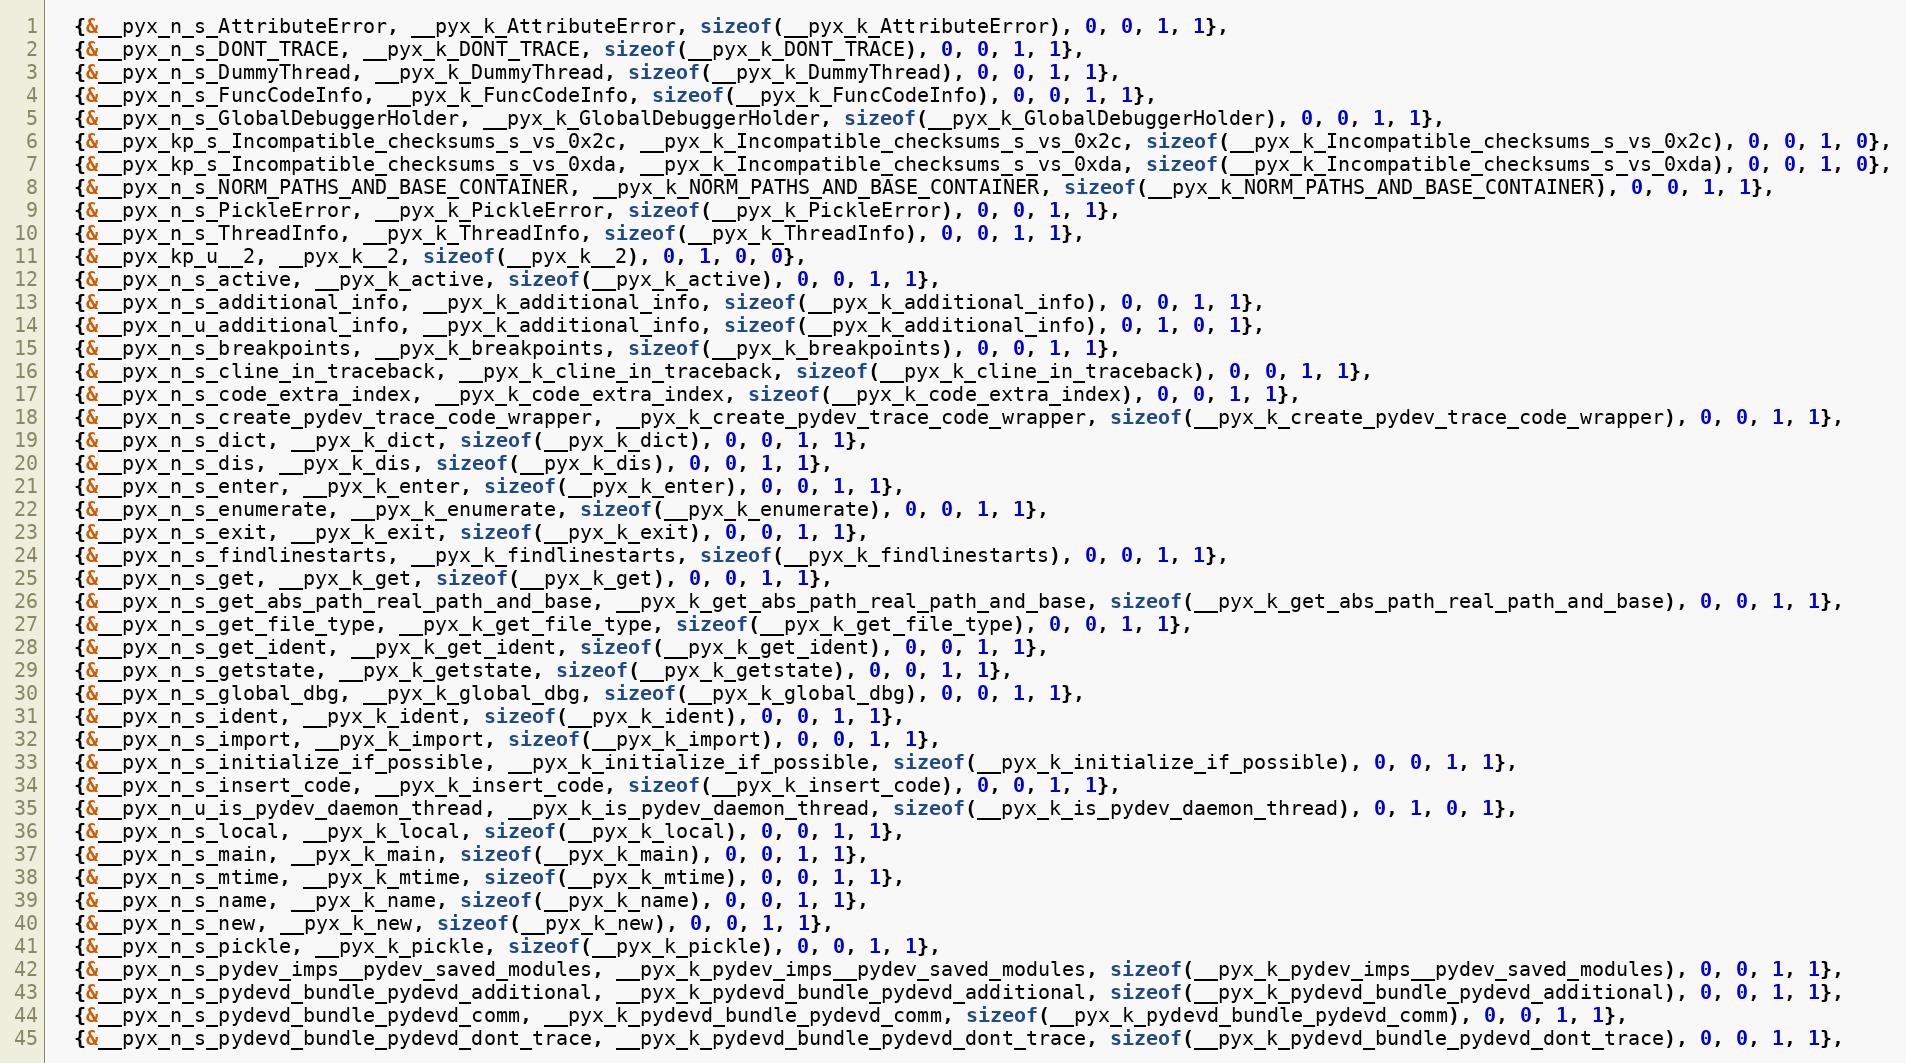
Language: C
  {&__pyx_n_s_AttributeError, __pyx_k_AttributeError, sizeof(__pyx_k_AttributeError), 0, 0, 1, 1},
  {&__pyx_n_s_DONT_TRACE, __pyx_k_DONT_TRACE, sizeof(__pyx_k_DONT_TRACE), 0, 0, 1, 1},
  {&__pyx_n_s_DummyThread, __pyx_k_DummyThread, sizeof(__pyx_k_DummyThread), 0, 0, 1, 1},
  {&__pyx_n_s_FuncCodeInfo, __pyx_k_FuncCodeInfo, sizeof(__pyx_k_FuncCodeInfo), 0, 0, 1, 1},
  {&__pyx_n_s_GlobalDebuggerHolder, __pyx_k_GlobalDebuggerHolder, sizeof(__pyx_k_GlobalDebuggerHolder), 0, 0, 1, 1},
  {&__pyx_kp_s_Incompatible_checksums_s_vs_0x2c, __pyx_k_Incompatible_checksums_s_vs_0x2c, sizeof(__pyx_k_Incompatible_checksums_s_vs_0x2c), 0, 0, 1, 0},
  {&__pyx_kp_s_Incompatible_checksums_s_vs_0xda, __pyx_k_Incompatible_checksums_s_vs_0xda, sizeof(__pyx_k_Incompatible_checksums_s_vs_0xda), 0, 0, 1, 0},
  {&__pyx_n_s_NORM_PATHS_AND_BASE_CONTAINER, __pyx_k_NORM_PATHS_AND_BASE_CONTAINER, sizeof(__pyx_k_NORM_PATHS_AND_BASE_CONTAINER), 0, 0, 1, 1},
  {&__pyx_n_s_PickleError, __pyx_k_PickleError, sizeof(__pyx_k_PickleError), 0, 0, 1, 1},
  {&__pyx_n_s_ThreadInfo, __pyx_k_ThreadInfo, sizeof(__pyx_k_ThreadInfo), 0, 0, 1, 1},
  {&__pyx_kp_u__2, __pyx_k__2, sizeof(__pyx_k__2), 0, 1, 0, 0},
  {&__pyx_n_s_active, __pyx_k_active, sizeof(__pyx_k_active), 0, 0, 1, 1},
  {&__pyx_n_s_additional_info, __pyx_k_additional_info, sizeof(__pyx_k_additional_info), 0, 0, 1, 1},
  {&__pyx_n_u_additional_info, __pyx_k_additional_info, sizeof(__pyx_k_additional_info), 0, 1, 0, 1},
  {&__pyx_n_s_breakpoints, __pyx_k_breakpoints, sizeof(__pyx_k_breakpoints), 0, 0, 1, 1},
  {&__pyx_n_s_cline_in_traceback, __pyx_k_cline_in_traceback, sizeof(__pyx_k_cline_in_traceback), 0, 0, 1, 1},
  {&__pyx_n_s_code_extra_index, __pyx_k_code_extra_index, sizeof(__pyx_k_code_extra_index), 0, 0, 1, 1},
  {&__pyx_n_s_create_pydev_trace_code_wrapper, __pyx_k_create_pydev_trace_code_wrapper, sizeof(__pyx_k_create_pydev_trace_code_wrapper), 0, 0, 1, 1},
  {&__pyx_n_s_dict, __pyx_k_dict, sizeof(__pyx_k_dict), 0, 0, 1, 1},
  {&__pyx_n_s_dis, __pyx_k_dis, sizeof(__pyx_k_dis), 0, 0, 1, 1},
  {&__pyx_n_s_enter, __pyx_k_enter, sizeof(__pyx_k_enter), 0, 0, 1, 1},
  {&__pyx_n_s_enumerate, __pyx_k_enumerate, sizeof(__pyx_k_enumerate), 0, 0, 1, 1},
  {&__pyx_n_s_exit, __pyx_k_exit, sizeof(__pyx_k_exit), 0, 0, 1, 1},
  {&__pyx_n_s_findlinestarts, __pyx_k_findlinestarts, sizeof(__pyx_k_findlinestarts), 0, 0, 1, 1},
  {&__pyx_n_s_get, __pyx_k_get, sizeof(__pyx_k_get), 0, 0, 1, 1},
  {&__pyx_n_s_get_abs_path_real_path_and_base, __pyx_k_get_abs_path_real_path_and_base, sizeof(__pyx_k_get_abs_path_real_path_and_base), 0, 0, 1, 1},
  {&__pyx_n_s_get_file_type, __pyx_k_get_file_type, sizeof(__pyx_k_get_file_type), 0, 0, 1, 1},
  {&__pyx_n_s_get_ident, __pyx_k_get_ident, sizeof(__pyx_k_get_ident), 0, 0, 1, 1},
  {&__pyx_n_s_getstate, __pyx_k_getstate, sizeof(__pyx_k_getstate), 0, 0, 1, 1},
  {&__pyx_n_s_global_dbg, __pyx_k_global_dbg, sizeof(__pyx_k_global_dbg), 0, 0, 1, 1},
  {&__pyx_n_s_ident, __pyx_k_ident, sizeof(__pyx_k_ident), 0, 0, 1, 1},
  {&__pyx_n_s_import, __pyx_k_import, sizeof(__pyx_k_import), 0, 0, 1, 1},
  {&__pyx_n_s_initialize_if_possible, __pyx_k_initialize_if_possible, sizeof(__pyx_k_initialize_if_possible), 0, 0, 1, 1},
  {&__pyx_n_s_insert_code, __pyx_k_insert_code, sizeof(__pyx_k_insert_code), 0, 0, 1, 1},
  {&__pyx_n_u_is_pydev_daemon_thread, __pyx_k_is_pydev_daemon_thread, sizeof(__pyx_k_is_pydev_daemon_thread), 0, 1, 0, 1},
  {&__pyx_n_s_local, __pyx_k_local, sizeof(__pyx_k_local), 0, 0, 1, 1},
  {&__pyx_n_s_main, __pyx_k_main, sizeof(__pyx_k_main), 0, 0, 1, 1},
  {&__pyx_n_s_mtime, __pyx_k_mtime, sizeof(__pyx_k_mtime), 0, 0, 1, 1},
  {&__pyx_n_s_name, __pyx_k_name, sizeof(__pyx_k_name), 0, 0, 1, 1},
  {&__pyx_n_s_new, __pyx_k_new, sizeof(__pyx_k_new), 0, 0, 1, 1},
  {&__pyx_n_s_pickle, __pyx_k_pickle, sizeof(__pyx_k_pickle), 0, 0, 1, 1},
  {&__pyx_n_s_pydev_imps__pydev_saved_modules, __pyx_k_pydev_imps__pydev_saved_modules, sizeof(__pyx_k_pydev_imps__pydev_saved_modules), 0, 0, 1, 1},
  {&__pyx_n_s_pydevd_bundle_pydevd_additional, __pyx_k_pydevd_bundle_pydevd_additional, sizeof(__pyx_k_pydevd_bundle_pydevd_additional), 0, 0, 1, 1},
  {&__pyx_n_s_pydevd_bundle_pydevd_comm, __pyx_k_pydevd_bundle_pydevd_comm, sizeof(__pyx_k_pydevd_bundle_pydevd_comm), 0, 0, 1, 1},
  {&__pyx_n_s_pydevd_bundle_pydevd_dont_trace, __pyx_k_pydevd_bundle_pydevd_dont_trace, sizeof(__pyx_k_pydevd_bundle_pydevd_dont_trace), 0, 0, 1, 1},